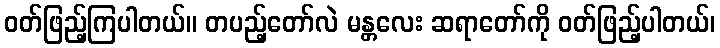
ဝတ်ဖြည့်ကြပါတယ်။ တပည့်တော်လဲ မန္တလေး ဆရာတော်ကို ဝတ်ဖြည့်ပါတယ်၊